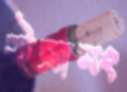
উম্রামং